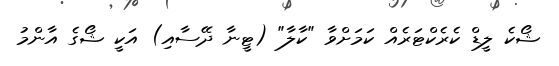
ޝޯކެ ލީޑް ކެރެކްޓަރެއް ކަމަށްވާ "ކާލާ" (ޓީނާ ދޭސާއި) އަކީ ޝޯގެ އާންމު